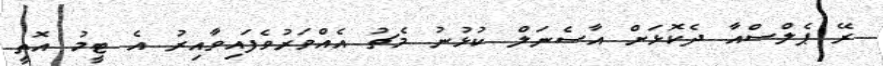
ރޭ ޕެލްސްއާ ދެކޮޅަށް އާސެނަލް ކުޅުނު މެޗު އެއްވަރުވެފައިވާއިރު އެ ޓީމު އޮތީ